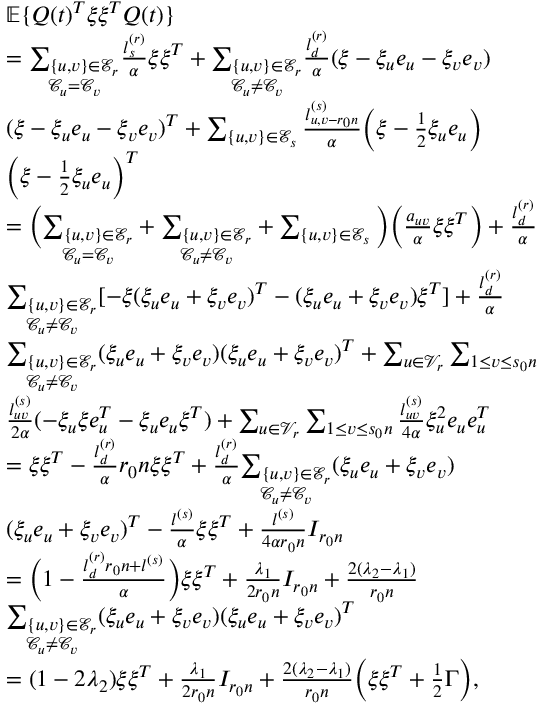
\begin{array} { r l } & { \mathbb { E } \{ Q ( t ) ^ { T } \xi \xi ^ { T } Q ( t ) \} } \\ & { = \underset { \mathcal { C } _ { u } = \mathcal { C } _ { v } } { \sum _ { \{ u , v \} \in \mathcal { E } _ { r } } } \frac { l _ { s } ^ { ( r ) } } { \alpha } \xi \xi ^ { T } + \underset { \mathcal { C } _ { u } \not = \mathcal { C } _ { v } } { \sum _ { \{ u , v \} \in \mathcal { E } _ { r } } } \frac { l _ { d } ^ { ( r ) } } { \alpha } ( \xi - \xi _ { u } e _ { u } - \xi _ { v } e _ { v } ) } \\ & { ( \xi - \xi _ { u } e _ { u } - \xi _ { v } e _ { v } ) ^ { T } + \sum _ { \{ u , v \} \in \mathcal { E } _ { s } } \frac { l _ { u , v - r _ { 0 } n } ^ { ( s ) } } { \alpha } \Big ( \xi - \frac 1 2 \xi _ { u } e _ { u } \Big ) } \\ & { \Big ( \xi - \frac 1 2 \xi _ { u } e _ { u } \Big ) ^ { T } } \\ & { = \Big ( \underset { \mathcal { C } _ { u } = \mathcal { C } _ { v } } { \sum _ { \{ u , v \} \in \mathcal { E } _ { r } } } + \underset { \mathcal { C } _ { u } \not = \mathcal { C } _ { v } } { \sum _ { \{ u , v \} \in \mathcal { E } _ { r } } } + \sum _ { \{ u , v \} \in \mathcal { E } _ { s } } \Big ) \Big ( \frac { a _ { u v } } { \alpha } \xi \xi ^ { T } \Big ) + \frac { l _ { d } ^ { ( r ) } } { \alpha } } \\ & { \underset { \mathcal { C } _ { u } \not = \mathcal { C } _ { v } } { \sum _ { \{ u , v \} \in \mathcal { E } _ { r } } } [ - \xi ( \xi _ { u } e _ { u } + \xi _ { v } e _ { v } ) ^ { T } - ( \xi _ { u } e _ { u } + \xi _ { v } e _ { v } ) \xi ^ { T } ] + \frac { l _ { d } ^ { ( r ) } } { \alpha } } \\ & { \underset { \mathcal { C } _ { u } \not = \mathcal { C } _ { v } } { \sum _ { \{ u , v \} \in \mathcal { E } _ { r } } } ( \xi _ { u } e _ { u } + \xi _ { v } e _ { v } ) ( \xi _ { u } e _ { u } + \xi _ { v } e _ { v } ) ^ { T } + \sum _ { u \in \mathcal { V } _ { r } } \sum _ { 1 \le v \le s _ { 0 } n } } \\ & { \frac { l _ { u v } ^ { ( s ) } } { 2 \alpha } ( - \xi _ { u } \xi e _ { u } ^ { T } - \xi _ { u } e _ { u } \xi ^ { T } ) + \sum _ { u \in \mathcal { V } _ { r } } \sum _ { 1 \le v \le s _ { 0 } n } \frac { l _ { u v } ^ { ( s ) } } { 4 \alpha } \xi _ { u } ^ { 2 } e _ { u } e _ { u } ^ { T } } \\ & { = \xi \xi ^ { T } - \frac { l _ { d } ^ { ( r ) } } { \alpha } r _ { 0 } n \xi \xi ^ { T } + \frac { l _ { d } ^ { ( r ) } } { \alpha } \underset { \mathcal { C } _ { u } \not = \mathcal { C } _ { v } } { \sum _ { \{ u , v \} \in \mathcal { E } _ { r } } } ( \xi _ { u } e _ { u } + \xi _ { v } e _ { v } ) } \\ & { ( \xi _ { u } e _ { u } + \xi _ { v } e _ { v } ) ^ { T } - \frac { l ^ { ( s ) } } { \alpha } \xi \xi ^ { T } + \frac { l ^ { ( s ) } } { 4 \alpha r _ { 0 } n } I _ { r _ { 0 } n } } \\ & { = \Big ( 1 - \frac { l _ { d } ^ { ( r ) } r _ { 0 } n + l ^ { ( s ) } } { \alpha } \Big ) \xi \xi ^ { T } + \frac { \lambda _ { 1 } } { 2 r _ { 0 } n } I _ { r _ { 0 } n } + \frac { 2 ( \lambda _ { 2 } - \lambda _ { 1 } ) } { r _ { 0 } n } } \\ & { \underset { \mathcal { C } _ { u } \not = \mathcal { C } _ { v } } { \sum _ { \{ u , v \} \in \mathcal { E } _ { r } } } ( \xi _ { u } e _ { u } + \xi _ { v } e _ { v } ) ( \xi _ { u } e _ { u } + \xi _ { v } e _ { v } ) ^ { T } } \\ & { = ( 1 - 2 \lambda _ { 2 } ) \xi \xi ^ { T } + \frac { \lambda _ { 1 } } { 2 r _ { 0 } n } I _ { r _ { 0 } n } + \frac { 2 ( \lambda _ { 2 } - \lambda _ { 1 } ) } { r _ { 0 } n } \Big ( \xi \xi ^ { T } + \frac 1 2 \Gamma \Big ) , } \end{array}